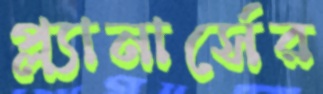
প্ল্যানার্সের